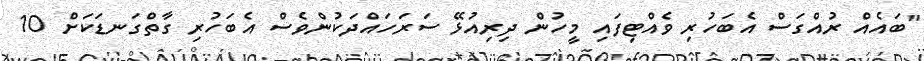
"ބައެއް ރުއްގަސް އެބަހުރި ވެއްޓިފައި މީހުން ދިރިއުޅޭ ސަރަހައްދަކުންވެސް އެބަހުރި ގާތްގަނޑަކަށް 10